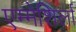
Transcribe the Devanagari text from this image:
एम्मेशिर्ला